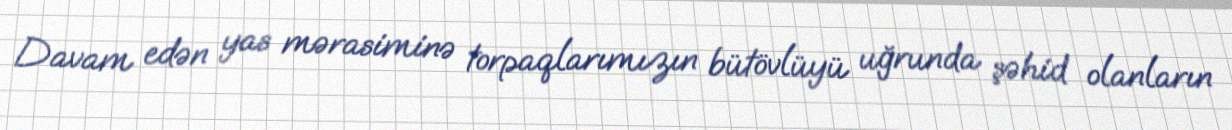
Davam edən yas mərasiminə torpaqlarımızın bütövlüyü uğrunda şəhid olanların